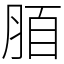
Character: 脜